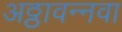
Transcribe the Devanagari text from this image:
अठ्ठावन्नवा